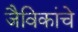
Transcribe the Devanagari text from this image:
जैविकांचे